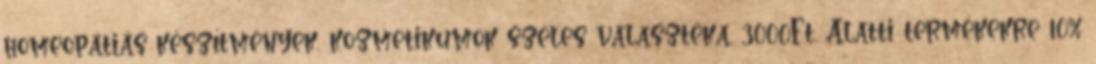
homeopátiás készítmények, kozmetikumok széles választéka. 3000Ft. Alatti termékekre 10%